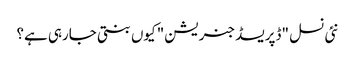
نئی نسل "ڈپریسڈ جنریشن" کیوں بنتی جارہی ہے؟